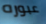
عبوره